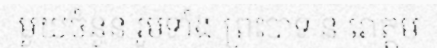
មួយចំនួន រួមទាំង ព្រះបាទ ន រោត្តម